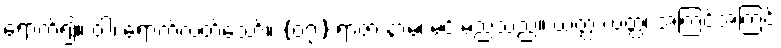
ရောက်၍။ ဝါ၊ ရောက်လတ်သော်။ {၀၇} ရာဇာ နာမ၊ မင်းမည်သည်။ ယတ္ထ ယတ္ထ၊ အကြင်အကြင်